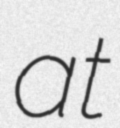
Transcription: at